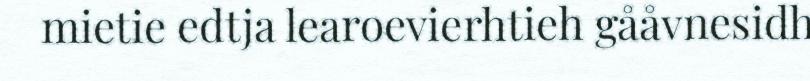
mietie edtja learoevierhtieh gååvnesidh